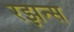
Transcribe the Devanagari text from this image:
रझन्स